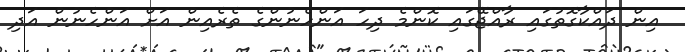
އިން ދައްކާގޮތުގައި ރާއްޖޭގައި ކޮންމެ ދިހަ އަންހެނުންގެ ތެރެއިން އަށް އަންހެނުން އަދި